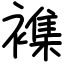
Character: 襍